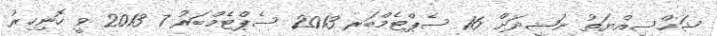
ޝަހްސިއްޔަތު ނަޝީދަށް 16 ސެޕްޓެމްބަރ 2013 ސެޕްޓެމްބަރު 7 2013 ވީ ހޮނިހިރު